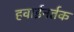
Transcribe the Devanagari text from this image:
हवाईनर्तक